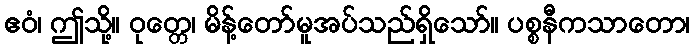
ဧဝံ၊ ဤသို့။ ဝုတ္တေ၊ မိန့်တော်မူအပ်သည်ရှိသော်။ ပစ္စနီကသာတော၊